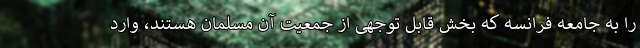
را به جامعه فرانسه که بخش قابل توجهی از جمعیت آن مسلمان هستند، وارد